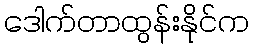
ဒေါက်တာထွန်းနိုင်က